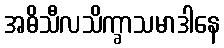
အဓိသီလသိက္ခာသမာဒါနေ